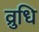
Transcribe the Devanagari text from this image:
व्रुधि